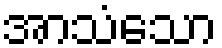
အာသံသော